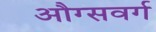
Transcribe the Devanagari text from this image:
औग्सवर्ग